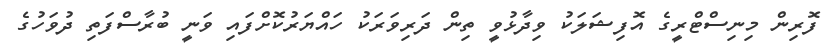
ފޮރިން މިނިސްޓްރީގެ އޮފިޝަލަކު ވިދާޅުވީ ތިން ދަރިވަރަކު ހައްޔަރުކޮށްފައި ވަނީ ބުރާސްފަތި ދުވަހުގެ